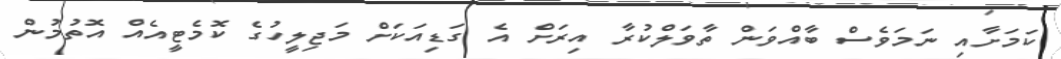
ކަމަށާއި ނަމަވެސް ބާއްވަން ތާވަލްކުރާ އިރަށް އެ ގަޑިއަކަށް މަޖިލީހުގެ ކޮމެޓީއެއް އޮތުމުން